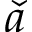
\check { a }